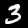
Label: 3